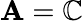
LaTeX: \mathbf{A}=\mathbb{{C}}